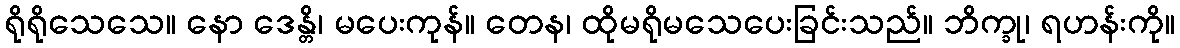
ရိုရိုသေသေ။ နော ဒေန္တိ၊ မပေးကုန်။ တေန၊ ထိုမရိုမသေပေးခြင်းသည်။ ဘိက္ခု၊ ရဟန်းကို။